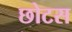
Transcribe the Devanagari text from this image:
छोटस